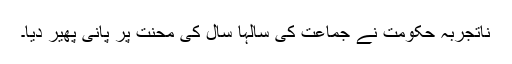
ناتجربہ حکومت نے جماعت کی سالہا سال کی محنت پر پانی پھیر دیا۔